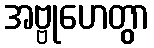
အဗ္ဗုဟေတွာ